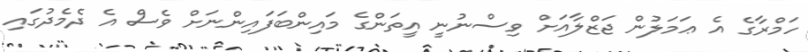
ހަމްރާގެ އެ ޢަމަލުން ޖަޒްލާއަށް ވިސްނުނީ އީތަންގެ މައިންބަފައިންނަށް ވެސް އެ ދެމެދުގައި